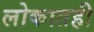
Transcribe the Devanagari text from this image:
लोकातही